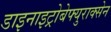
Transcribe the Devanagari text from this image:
डाइनाइट्रोबेफ्युराक्सेन